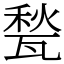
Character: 甃